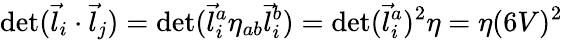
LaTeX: \operatorname*{det}(\vec{l}_{i}\cdot\vec{l}_{j})=\operatorname*{det}(\vec{l}_{i}^{a}\eta_{ab}\vec{l}_{i}^{b})=\operatorname*{det}(\vec{l}_{i}^{a})^{2}\eta=\eta(6V)^{2}